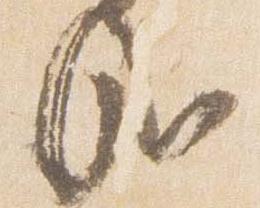
哉